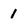
Character: 1